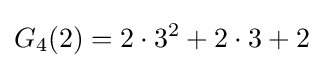
G_{4}(2)=2\cdot 3^{2}+2\cdot 3+2